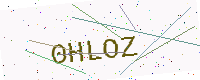
Text: 0HLOZ